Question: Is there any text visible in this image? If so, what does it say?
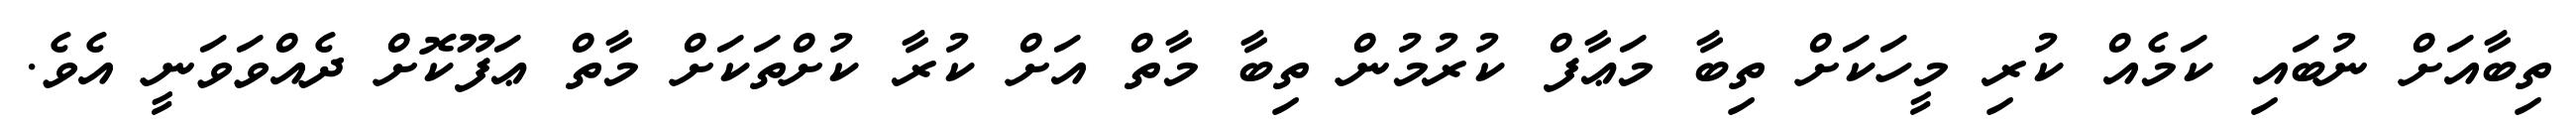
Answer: ތިބާއަށް ނުބައި ކަމެއް ކުރި މީހަކަށް ތިބާ މަޢާފް ކުރުމުން ތިބާ މާތް އަށް ކުރާ ކުށްތަކަށް މާތް ޢަފޫކޮށް ދެއްވަވަނީ އެވެ.